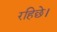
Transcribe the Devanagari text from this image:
रहिछे।